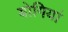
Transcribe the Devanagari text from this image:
बोगियां